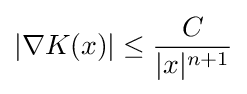
|\nabla K(x)|\leq {\frac {C}{|x|^{n+1}}}